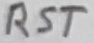
Text: RST